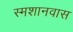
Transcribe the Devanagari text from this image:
स्मशानवास